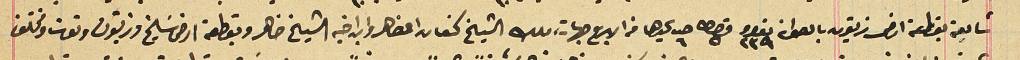
شايعة بقطعة ارض زيتون بالصوان نمرو ٢٣٩ قيراط ٥ حبه ٦ يحدها من الاربع جهات، ملك الشيخ كنعان الضاهر وابن اخيه الشيخ ضاهر وبقطعة ارض سَليخ وزيتون وتوت ومختلف